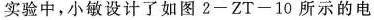
实验中，小敏设计了如图2-ZT-10所示的电